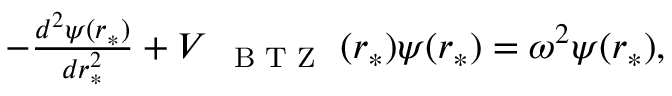
\begin{array} { r } { - \frac { d ^ { 2 } \psi ( r _ { * } ) } { d r _ { * } ^ { 2 } } + V _ { \mathrm { ~ { ~ \scriptsize ~ B ~ T ~ Z ~ } ~ } } ( r _ { * } ) \psi ( r _ { * } ) = \omega ^ { 2 } \psi ( r _ { * } ) , } \end{array}